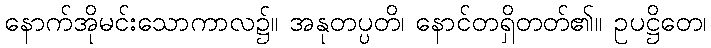
နောက်အိုမင်းသောကာလ၌။ အနုတပ္ပတိ၊ နောင်တရှိတတ်၏။ ဥပဋ္ဌိတေ၊